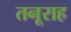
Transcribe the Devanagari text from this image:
तनूराह